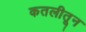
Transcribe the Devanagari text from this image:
कतलीतून